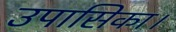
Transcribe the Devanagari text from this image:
उपासिका।